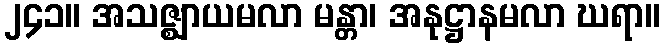
၂၄၁။ အသဇ္ဈာယမလာ မန္တာ၊ အနုဋ္ဌာနမလာ ဃရာ။